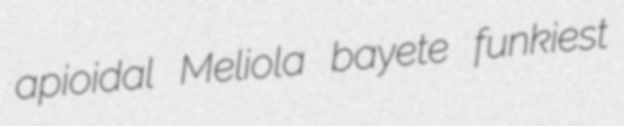
apioidal Meliola bayete funkiest